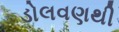
ડોલવણથી